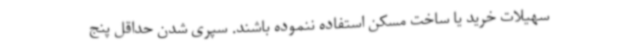
سهیلات خرید یا ساخت مسکن استفاده ننموده باشند. سپری شدن حداقل پنج